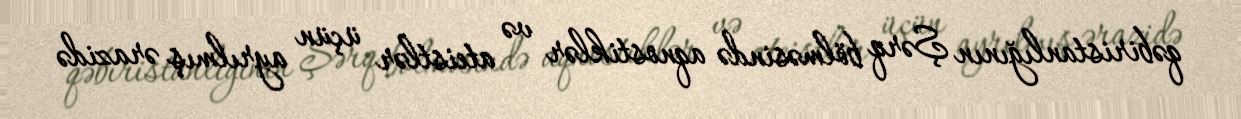
qəbiristanlığının Şərq bölməsində aqnostiklər və ateistlər üçün ayrılmış ərazidə